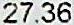
27.36